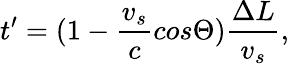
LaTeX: t^{\prime}=(1-\frac{v_{s}}{c}cos\Theta)\frac{\Delta L}{v_{s}},